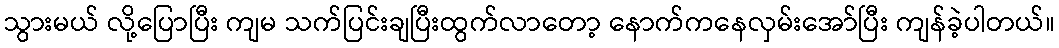
သွားမယ် လို့ပြောပြီး ကျမ သက်ပြင်းချပြီးထွက်လာတော့ နောက်ကနေလှမ်းအော်ပြီး ကျန်ခဲ့ပါတယ်။